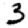
Digit: 3